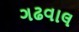
ગઢવાલ